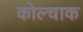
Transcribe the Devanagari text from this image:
कोल्चाक